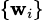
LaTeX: \scriptstyle\{ \mathbf{w}_{i}\}